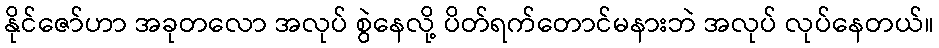
နိုင်ဇော်ဟာ အခုတလော အလုပ် စွဲနေလို့ ပိတ်ရက်တောင်မနားဘဲ အလုပ် လုပ်နေတယ်။